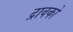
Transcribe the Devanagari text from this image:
द्रावकों